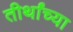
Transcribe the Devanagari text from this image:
तीर्थांच्या